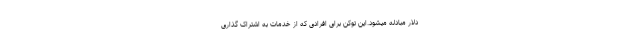
دلار مبادله میشود.این توکن برای افرادی که از خدمات به اشتراک گذاری